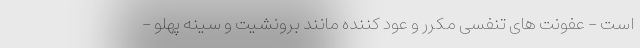
است - عفونت های تنفسی مکرر و عود کننده مانند برونشیت و سینه پهلو -